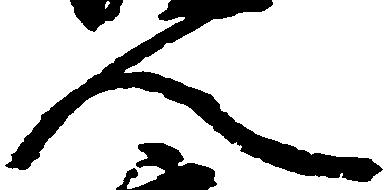
人